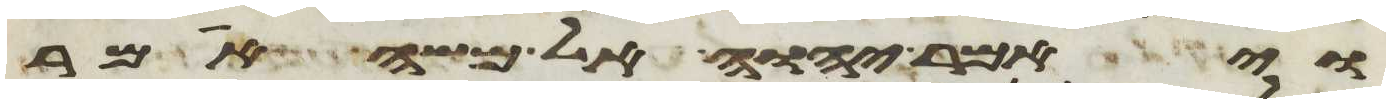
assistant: ויאמר יהוה אל משה אמר